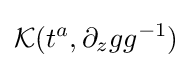
{\mathcal {K}}(t^{a},\partial _{z}gg^{-1})